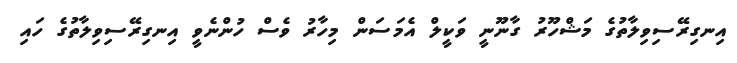
އިނގިރޭސިވިލާތުގެ މަޝްހޫރު ގާނޫނީ ވަކީލް އެމަސަން މިހާރު ވެސް ހުންނެވީ އިނގިރޭސިވިލާތުގެ ހައި